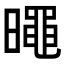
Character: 𣋋